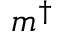
m ^ { \dagger }